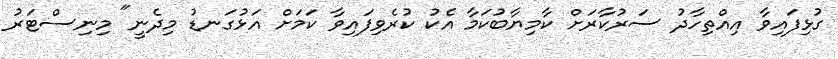
ގުޅިފައިވާ އިއްތިހާދު ސަރުކާރަށް ކާމިޔާބުކަމާ އެކު ކުރެވިފައިވާ ކަމަށް އަޅުގަނޑު މިދެނީ" މިނިސްޓަރު